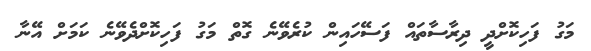
މަގު ފަހިކޮށްދީ ދިރާސާތައް ފަސޭހައިން ކުރެވޭނެ ގޮތް މަގު ފަހިކޮށްދެވޭނެ ކަމަށް އޭނާ